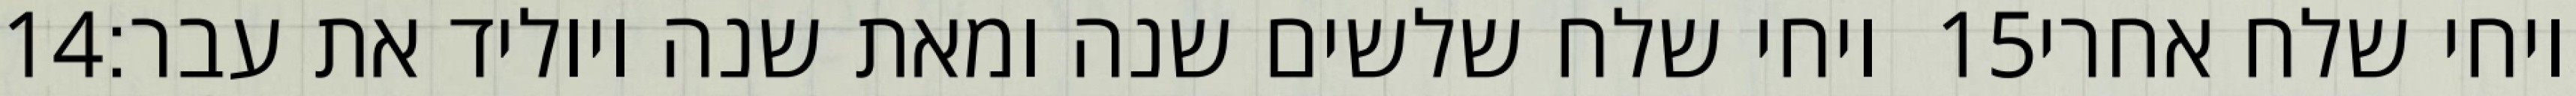
‎14‏ ויחי שלח שלשים שנה ומאת שנה ויוליד את עבר׃ ‎15‏ ויחי שלח אחרי